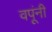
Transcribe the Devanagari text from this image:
वपूंनी